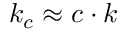
k _ { c } \approx c \cdot k